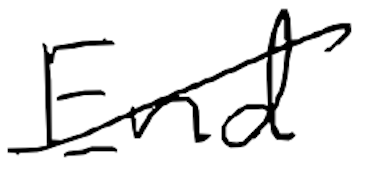
Text: End
Cross-out: mix
Writing tool: digital_black